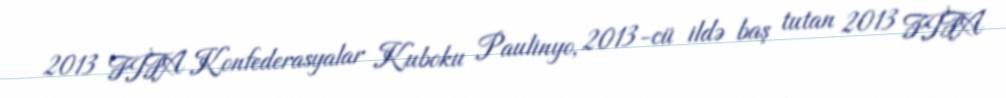
2013 FİFA Konfederasyalar Kuboku Paulinyo, 2013-cü ildə baş tutan 2013 FİFA